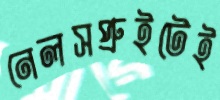
নেলসপ্রুইটেই